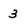
Character: 3